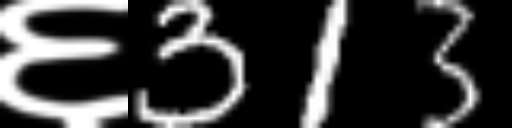
Text: ६313